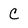
Character: c